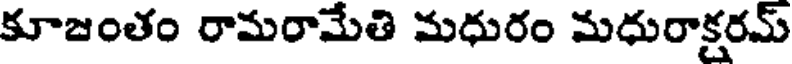
కూజంతం రామరామేతి మధురం మధురాక్షరమ్